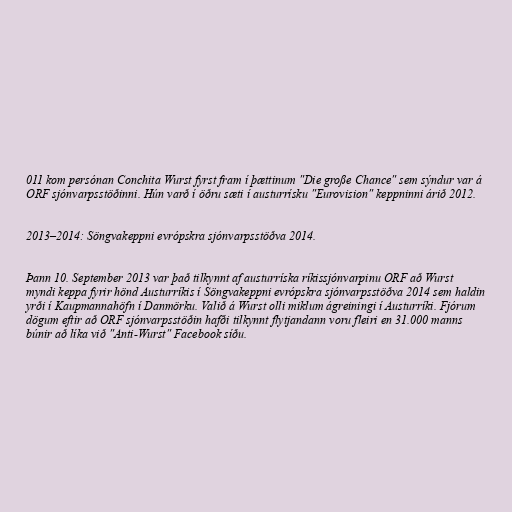
011 kom persónan Conchita Wurst fyrst fram í þættinum "Die große Chance" sem sýndur var á
ORF sjónvarpsstöðinni. Hún varð í öðru sæti í austurrísku "Eurovision" keppninni árið 2012.

2013–2014: Söngvakeppni evrópskra sjónvarpsstöðva 2014.

Þann 10. September 2013 var það tilkynnt af austurríska ríkissjónvarpinu ORF að Wurst
myndi keppa fyrir hönd Austurríkis í Söngvakeppni evrópskra sjónvarpsstöðva 2014 sem haldin
yrði í Kaupmannahöfn í Danmörku. Valið á Wurst olli miklum ágreiningi í Austurríki. Fjórum
dögum eftir að ORF sjónvarpsstöðin hafði tilkynnt flytjandann voru fleiri en 31.000 manns
búnir að líka við "Anti-Wurst" Facebook síðu.